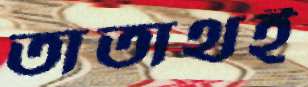
তাতাথই